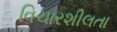
વિચારશીલતા